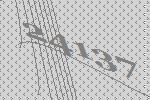
24137